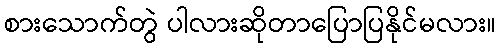
စားသောက်တွဲ ပါလားဆိုတာပြောပြနိုင်မလား။